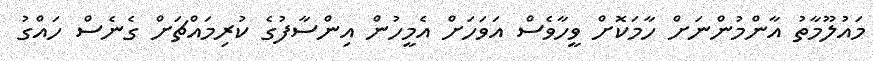
މައުލޫމާތު އާންމުންނަށް ހާމަކޮށް ވީހާވެސް އަވަހަށް އެމީހުން އިންސާފުގެ ކުރިމައްޗަށް ގެނެސް ހައްގު